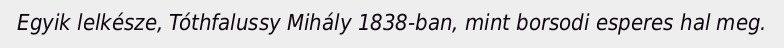
Egyik lelkésze, Tóthfalussy Mihály 1838-ban, mint borsodi esperes hal meg.